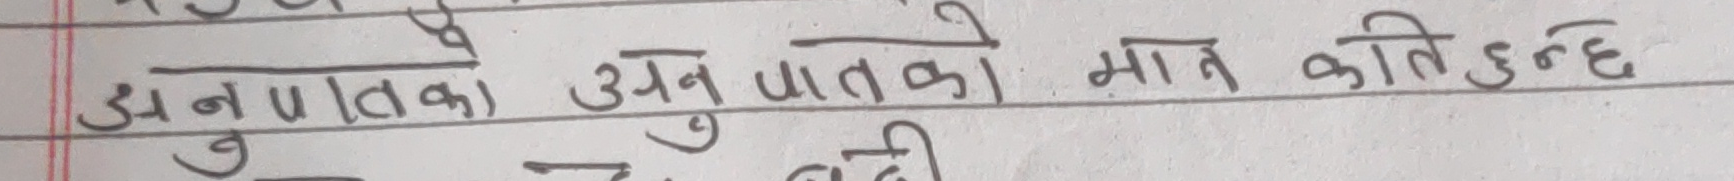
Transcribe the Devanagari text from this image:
अनुपातका अनुपातको मान कति हुन्छ